Report on vaccination in Madras 1904-1921 - 1904-1921
Year: 1904
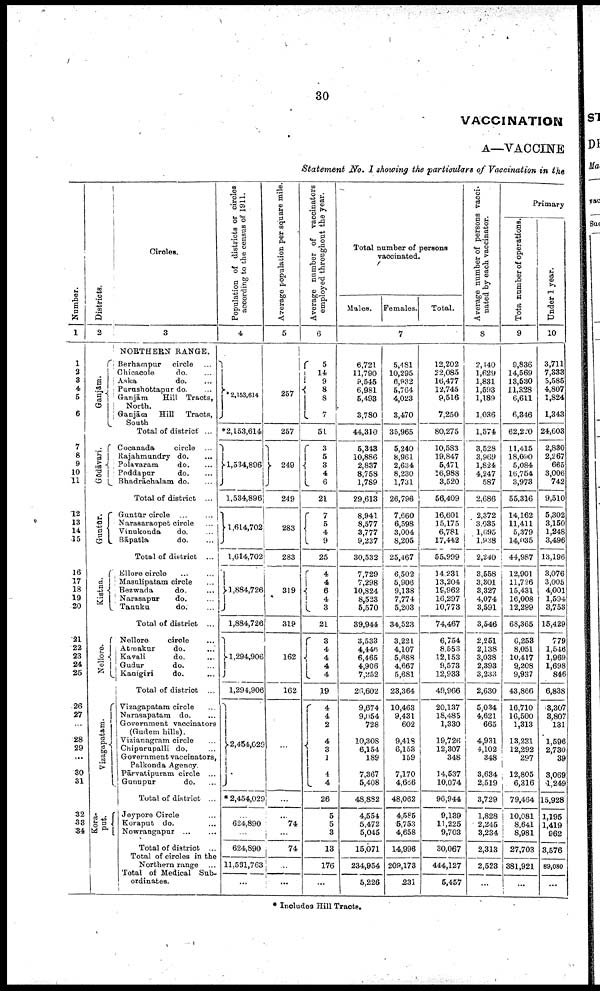
30
VACCINATION
A—VACCINE
Statement No. I showing the particulars of Vaccination in the
Number.
1
1
2
3
4
5
6
7
8
9
10
11
12
13
14
15
16
17
18
19
20
21
22
23
24
25
26
27
28
29
...
30
31
32
33
34
Districts.
2
Ganjām.
Gōdāvari.
Guntur.
Kistna.
Nellore.
Vizagapatam.
Kora-
put.
Circles.
3
NORTHERN RANGE.
Berhampur circle...
Chicacole
do. ...
Aska
do. ...
Purushottapur do. ...
Ganjām
Hill Tracts,
North.
Ganjām Hill Tracts,
Total of district ...
Cocanada
circle ...
Rajahmundry do. ...
Polavaram
do. ...
Peddapur
do. ...
Bhadrāchalam do. ...
Total of district ...
Guntūr circle ...
Narasaraopet circle...
Vinukonda
do. ...
Bāpatla
do.
Total of district ...
Ellore circle...
Masulipatam circle...
Bezwada
do. ...
Narasapur
do. ...
Tanuku
do. ...
Total of district ...
Nellore
circle...
Atmakur
do. ...
Kavali
do. ...
Gudur
do. ...
Kanigiri
do. ...
Total of district ...
Vizagapatam circle...
Narasapatam do. ...
Government vaccinators
(Gudem hills).
Vizianagram circle...
Chipurupalli do. ...
Government vaccinators,
Palkonda Agency.
Pārvatipuram circle ...
Gunupur
do. ...
Total of district ...
Jeypore Circle...
Koraput do. ...
Nowrangapur ...
...
Total of district ...
Total of circles in the
Northern range ...
Total of Medical Sub-
ordinates.
Population of districts or circles
according to the census of 1911.
4
*2,153,614
*2,153,614
1,534,896
1,534,896
1,614,702
1,614,702
1,884,726
1,884,726
1,294,906
1,294,906
2,454,029
* 2,454,029
...
624,890
...
624,890
11,581,763
...
Average population per square mile.
5
257
257
249
249
283
283
319
319
162
162
...
...
...
74
...
74
...
...
Average number of vaccinators
employed throughout the year.
6
5
14
9
8
8
7
51
3
5
3
4
6
21
7
5
4
9
25
4 4
6
4
3
21
3
4
4
4
4
19
4
4
2
4
3
1
4
4
26
5
5
3
13
176
...
Total number of persons
vaccinated.
Males.
Females.
Total.
7
6,721
11,790
9,545
6,981
5,493
3,780
44,310
5,343
10,886
2,837
8,758
1,789
29,613
8,941
8,577
3,777
9,237
30,532
7,729
7,298
10,824
8,523
5,570
39,944
3,533
4,446
6,465
4,906
7,252
26,602
9,674
9,054
728
10,308
6,154
189
7,367
5,408
48,882
4,554
5,472
5,045
15,071
234,954
5,226
5,481
10,295
6,932
5,764
4,023
3,470
35,965
5,240
8,961
2,634
8,230
1,731
26,796
7,660
6,598
3,004
8,205
25,467
6,502
5,906
9,138
7,774
5,203
34,523
3,221
4,107
5,688
4,667
5,681
28,364
10,463
9,431
602
9,418
6,153
159
7,170
4,666
48,062
4,585
5,753
4,658
14,996
209,173
231
12,202
22,085
16,477
12,745
9,516
7,250
80,275
10,583
19,847
5,471
16,988
3,520
56,409
16,601
15,175
6,781
17,442
55,999
14,231
13,204
19,962
16,297
10,773
74,467
6,754
8,553
12,153
9,573
12,933
49,966
20,137
18,485
1,330
19,726
12,307
348
14,537
10,074
96,944
9,139
11,225
9,703
30,067
444,127
5,457
Average number of persons vacci
nated by each vaccinator.
8
2,440
1,629
1,831
1,593
1,189
1,036
1,574
3,528
3,969
1,824
4,247
587
2,686
2,372
3,035
1,695
1,938
2,240
3,558
3,301
3,327
4,074
3,591
3,546
2,251
2,138
3,038
2,393
3,233
2,630
5,034
4,621
665
4,931
4,102
348
3,634
2,519
3,729
1,828
2,245
3,234
2,313
2,523
...
Primary
Tota number of operations.
9
9,836
14,569
13,530
11,328
6,611
6,346
62,220
11,415
18,090
5,084
16,754
3,978
55,316
14,162
11,411
5,379
14,035
44,987
12,901
11,726
15,431
16,008
12,299
6S,365
6,253
8,051
10,417
9,208
9,937
43,866
16,710
16,500
1,313
13,231
12,292
297
12,805
6,316
79,464
10,081
8,641
8,981
27,703
381,921
...
Under 1 year.
10
3,711
7,333
5,585
4,807
1,824
1,343
24,603
2,830
2,267
665
3,006
742
9,510
5,302
3,150
1,248
3,496
13,196
3,076
3,005
4,001
1,594
3,753
15,429
779
1,546
1,969
1,698
846
6,838
3,307
3,807
131
1,596
2,730
39
3,069
1,249
15,928
1,195
1,419
962
3,576
89,080
...
* Includes Hill Tracts.